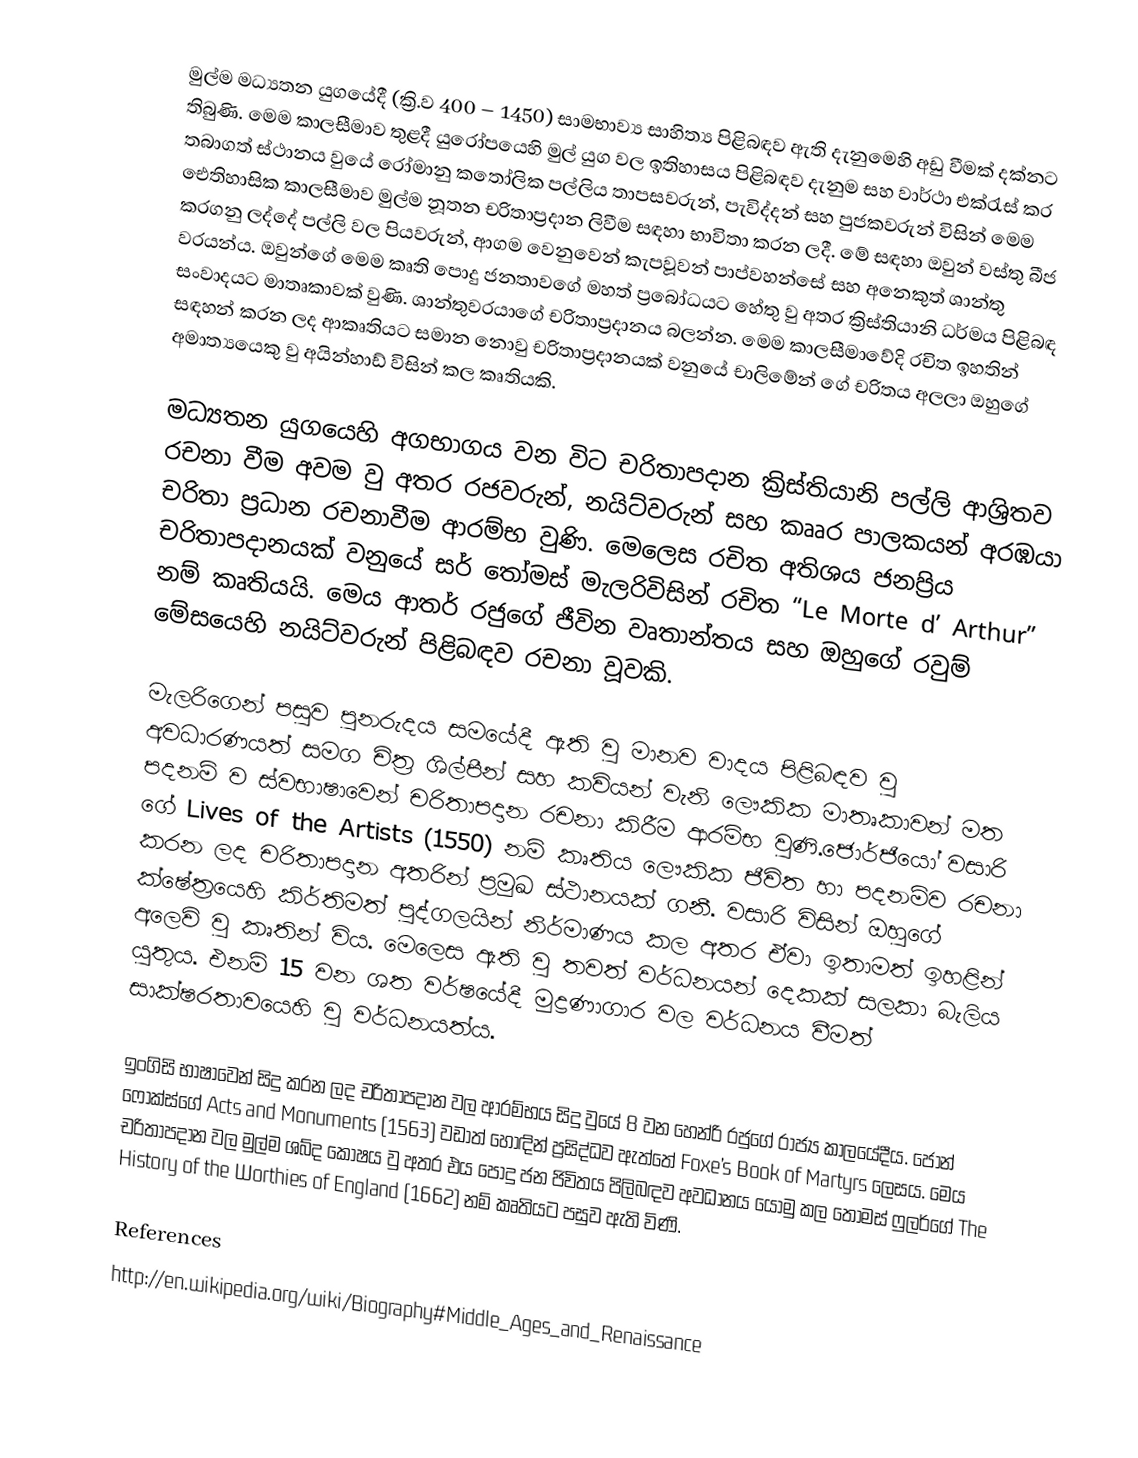
මුල්ම මධ්‍යතන යුගයේදී (ක්‍රි.ව 400 – 1450) සාමභාව්‍ය සාහිත්‍ය පිළිබඳව ඇති දැනුමෙහි අඩු වීමක් දක්නට තිබුණි. මෙම කාලසීමාව තුළදී යුරෝපයෙහි මුල් යුග වල ඉතිහාසය පිළිබඳව දැනුම සහ වාර්ථා‍ එක්රැස් කර තබාගත් ස්ථානය වුයේ රෝමානු කතෝලික පල්ලිය තාපසවරුන්, පැවිද්දන් සහ පුජකවරුන් විසින් මෙම ඓතිහාසික කාලසීමාව මුල්ම නූතන චරිතාප්‍රදාන ලිවීම සඳහා භාවිතා කරන ලදී. මේ සඳහා ඔවුන් වස්තු බීජ කරගනු ලද්දේ පල්ලි වල පියවරුන්, ආගම වෙනුවෙන් කැපවූවන් පාප්වහන්සේ සහ අනෙකුත් ශාන්තු වරයන්ය. ඔවුන්ගේ මෙම කෘති පොදු ජනතාවගේ මහත් ප්‍රබෝධයට හේතු වු අතර ක්‍රිස්තියානි ධර්මය පිළිබඳ සංවාදයට මාතෘකාවක් වුණි. ශාන්තුවරයාගේ චරිතාප්‍රදානය බලන්න. මෙම කාලසීමාවේදි රචිත ඉහතින් සඳහන් කරන ලද ආකෘතියට සමාන නොවු චරිතාප්‍රදානයක් වනුයේ චාලිමේන් ගේ චරිතය අලලා ඔහුගේ අමාත්‍යයෙකු වු අයින්හාඩ් විසින් කල කෘතියකි.

මධ්‍යතන යුගයෙහි අගභාගය වන විට චරිතාපදාන ක්‍රිස්තියානි පල්ලි ආශ්‍රිතව රචනා වීම අවම වු අතර රජවරුන්, නයිට්වරුන් සහ කෲර පාලකයන් අරඹයා චරිතා ප්‍රධාන රචනාවීම ආරම්භ වුණි. මෙලෙස රචිත අතිශය ජනප්‍රිය චරිතාපදානයක් වනුයේ සර් තෝමස් මැලරි‍විසින් රචිත “Le Morte d’ Arthur” නම් කෘතියයි. මෙය ආතර් රජුගේ ජීවින වෘතාන්තය සහ ඔහුගේ රවුම් මේසයෙහි නයිට්වරුන් පිළිබඳව රචනා වූවකි.

මැලරිගෙන් පසුව පුනරුදය සමයේදී ඇති වු මානව වාදය පිළිබඳව වු අවධාරණයත් සමග චිත්‍ර ශිල්පීන් සහ කවියන් වැනි ලෞකික මාතෘකාවන් මත පදනම් ව  ස්වභාෂාවෙන් චරිතාපදාන රචනා කිරීම ආරම්භ වුණි.ජොර්ජියෝ වසාරි ගේ Lives of the Artists (1550) නම් කෘතිය ලෞකික ජීවිත හා පදනම්ව රචනා කරන ලද චරිතාපදාන අතරින් ප්‍රමුඛ ස්ථානයක් ගනී. වසාරි විසින් ඔහුගේ ක්ෂේත්‍රයෙහි කිර්තිමත් පුද්ගලයින් නිර්මාණය කල අතර ඒවා ඉතාමත් ඉහළින් අලෙවි වු කෘතින් විය. මෙලෙස ඇති වු තවත් වර්ධනයන් දෙකක් සලකා බැලිය යුතුය. එනම් 15 වන ශත වර්ෂයේදී මුද්‍රණාගාර වල වර්ධනය වීමත් සාක්ෂරතාවයෙහි වු වර්ධනයත්ය.

ඉංගිසි භාෂාවෙන් සිදු කරන ලද චරිතාපදාන වල ආරම්භය සිදු වුයේ 8 වන හෙන්රි රජුගේ රාජ්‍ය කාලයේදීය. ජෝන් ෆෝක්ස්ගේ Acts and Monuments (1563) වඩාත් හොඳින් ප්‍රසිද්ධව ඇත්තේ Foxe’s Book of Martyrs ලෙසය. මෙය චරිතාපදාන වල මුල්ම ශබ්ද කෝෂය වු අතර එය පොදු ජන ජිවිතය පිලිබඳව අවධානය යොමු කල තෝමස් ෆුලර්ගේ The History of the Worthies of England (1662) නම් කෘතියට පසුව ඇති විණි.

References
http://en.wikipedia.org/wiki/Biography#Middle_Ages_and_Renaissance